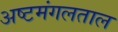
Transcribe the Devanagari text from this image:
अष्टमंगलताल